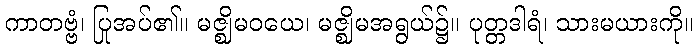
ကာတဗ္ဗံ၊ ပြုအပ်၏။ မဇ္ဈိမဝယေ၊ မဇ္ဈိမအရွယ်၌။ ပုတ္တဒါရံ၊ သားမယားကို။